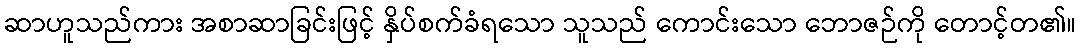
ဆာဟူသည်ကား အစာဆာခြင်းဖြင့် နှိပ်စက်ခံရသော သူသည် ကောင်းသော ဘောဇဉ်ကို တောင့်တ၏။